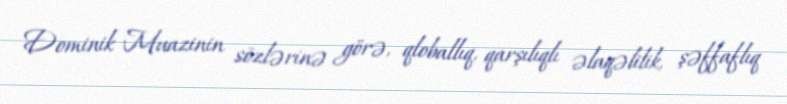
Dominik Muazinin sözlərinə görə, qloballıq, qarşılıqlı əlaqəlilik, şəffaflıq